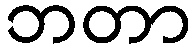
ဘတာ